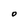
Character: o